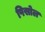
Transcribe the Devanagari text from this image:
पिसोल